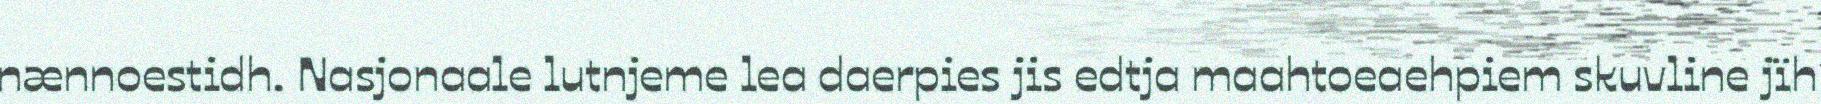
nænnoestidh. Nasjonaale lutnjeme lea daerpies jis edtja maahtoeaehpiem skuvline jïh